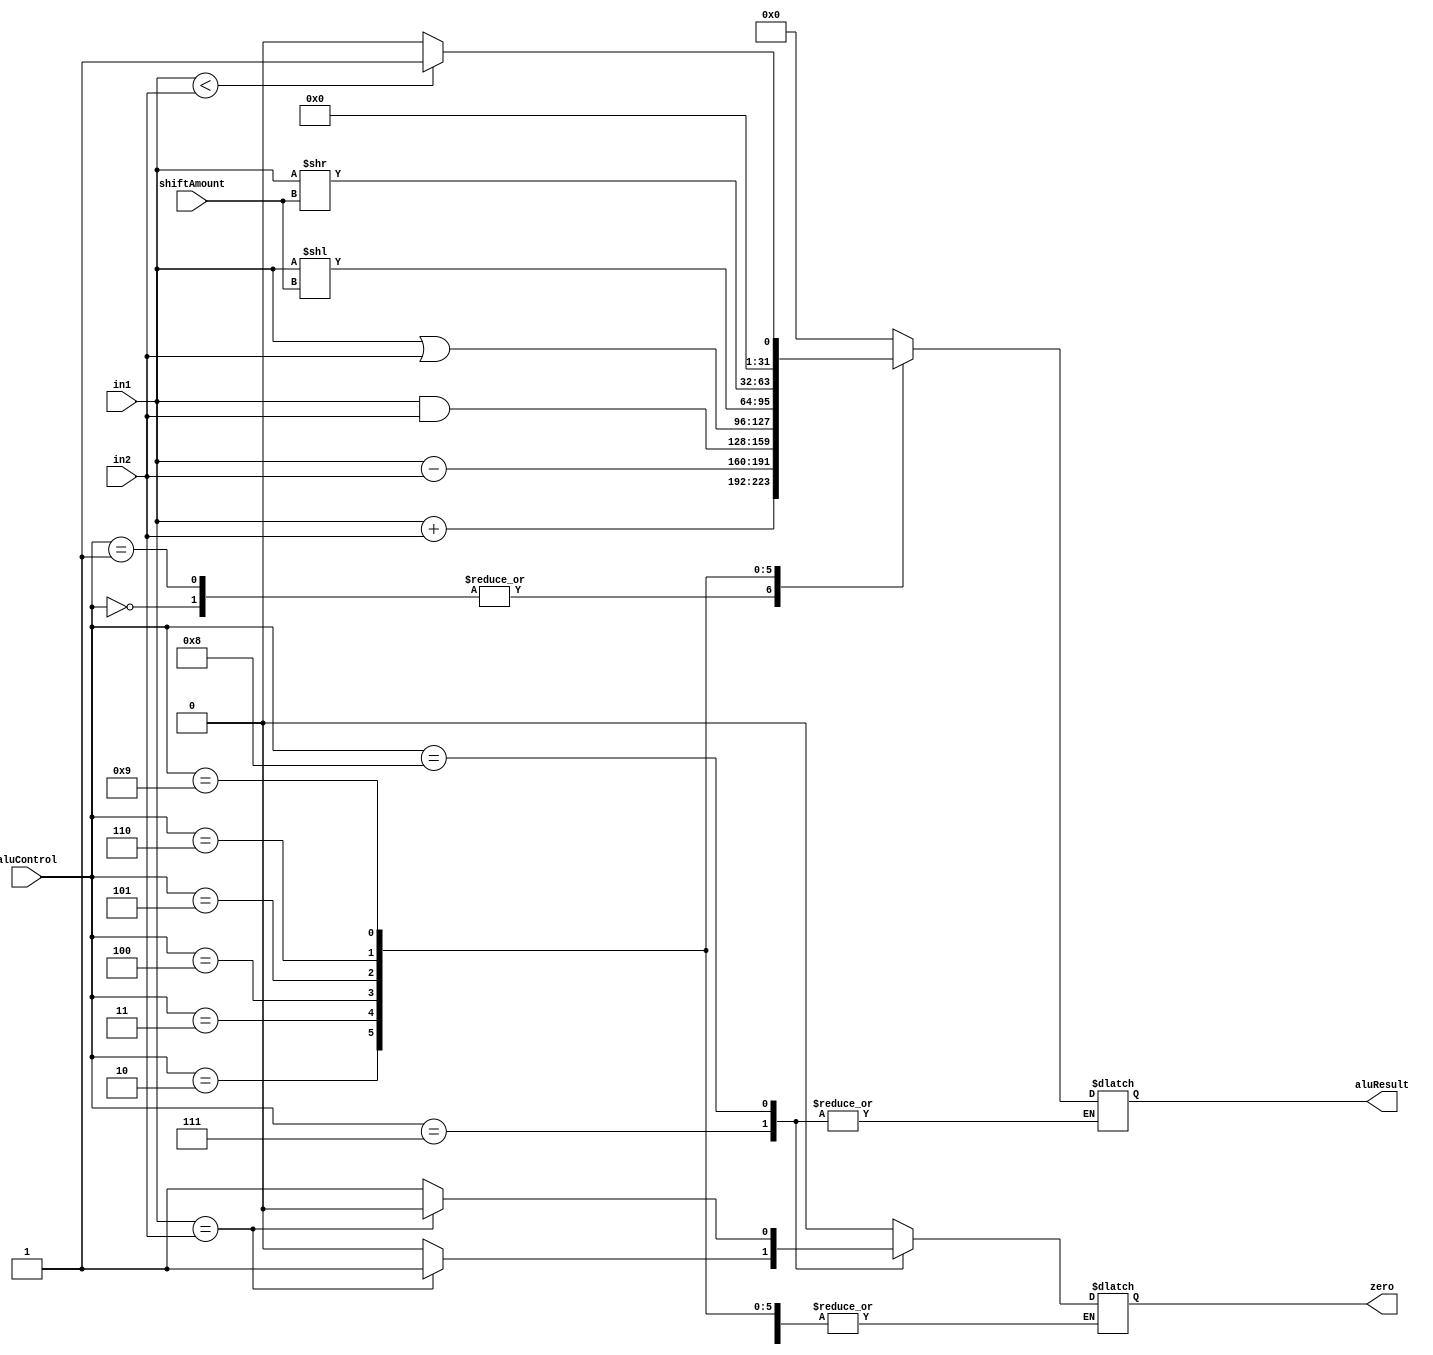
module alu (aluResult, zero, in1, in2, shiftAmount, aluControl);
output reg  [31:0] aluResult;
output reg zero;
input [31:0] in1, in2;
input [4:0] shiftAmount;
input [3:0] aluControl;

  initial
  begin
  aluResult=0;
  zero=0;
  end
  
 /* EDITTED!!
  //0 lw sw 			ADD
  //1 add/addi			ADD
  //2 sub				SUB
  //3 and/andi			AND
  //4 or/ori			OR
  //5 sll				SHL
  //6 srl				SHR
  //7 beq				BEQ
  //8 bne				BNE
  //9 slt				SLT
 */
  
always @ (in1,in2)
begin
  case(aluControl)
  4'b0000:aluResult=in1+in2;
  4'b0001:aluResult=in1+in2;
  4'b0010:aluResult=in1-in2;
  4'b0011:aluResult=in1&in2;
  4'b0100:aluResult=in1|in2;
  4'b0101:aluResult=in1<<shiftAmount;
  4'b0110:aluResult=in1>>shiftAmount;
  4'b0111:zero=(in1==in2)? 1:0;
  4'b1000:zero=(in1==in2)? 0:1;
  4'b1001:aluResult=(in1<in2)? 32'd1:0;
  default: begin aluResult=32'd0; zero=0; end
  endcase
  
end
  
 
endmodule


/*

module test();

reg[31:0] in1,in2;
reg[3:0] aluControl;

wire [31:0] aluResult;
wire zero;


initial begin
in1=10;
in2=10;
aluControl=9;

#10 $display ("the result is %b", aluResult); $display("flag %d",zero);

end



alu  testalu (aluResult, zero, in1, in2, aluControl);
endmodule*/